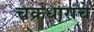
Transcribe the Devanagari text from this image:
चक्रधारांचे